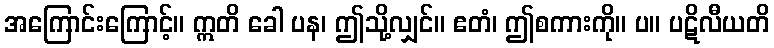
အကြောင်းကြောင့်။ ဣတိ ခေါ ပန၊ ဤသို့လျှင်။ ဧတံ၊ ဤစကားကို။ ပ။ ပဋိလီယတိ